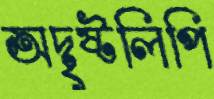
অদৃষ্টলিপি